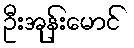
ဦးအုန်းမောင်